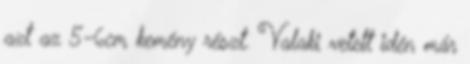
azt az 5-6cm kemény részt. Valaki vetett idén már